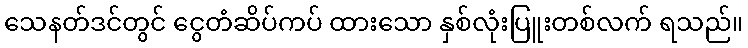
သေနတ်ဒင်တွင် ငွေတံဆိပ်ကပ် ထားသော နှစ်လုံးပြူးတစ်လက် ရသည်။